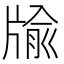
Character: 牏